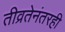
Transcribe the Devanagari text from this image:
तीव्रतेनंतरही